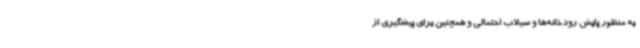
به منظور پایش رودخانه‌ها و سیلاب احتمالی و همچنین برای پیشگیری از